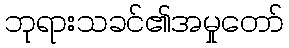
ဘုရားသခင်၏အမှုတော်